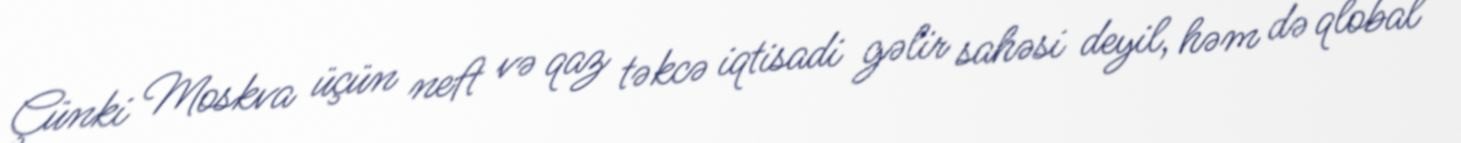
Çünki Moskva üçün neft və qaz təkcə iqtisadi gəlir sahəsi deyil, həm də qlobal